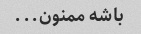
باشه ممنون...